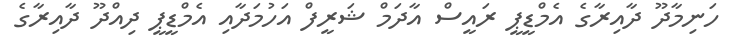
ހަނިމާދޫ ދާއިރާގެ އެމްޑީޕީ ރައީސް އާދަމް ޝަރީފް އަހުމަދާއި އެމްޑީޕީ ދިއްދޫ ދާއިރާގެ